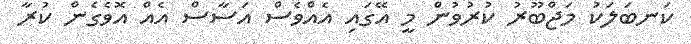
ކަނބަލަކު މަޖްބޫރު ކުރުވުން މީ އޭގައި އެއްވެސް އަސާސް އެއް އޮވެގެން ކުރާ